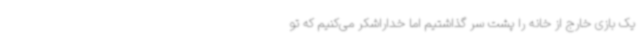
یک بازی خارج از خانه را پشت سر گذاشتیم اما خداراشکر می‌کنیم که تو